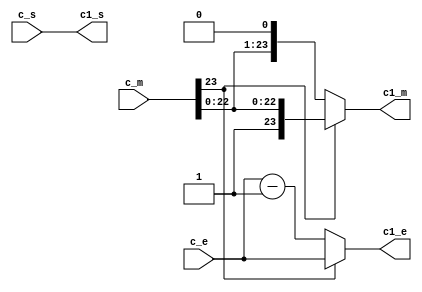
`timescale 1ns / 1ps
//////////////////////////////////////////////////////////////////////////////////
// Company: 
// Engineer: 
// 
// Design Name: 
// Module Name:    normalise 
// Project Name: 
// Target Devices: 
// Tool versions: 
// Description: 
//
// Dependencies: 
//
// Revision: 
// Revision 0.01 - File Created
// Additional Comments: 
//
//////////////////////////////////////////////////////////////////////////////////
module normalise(
	  input [23:0] c_m,
	  input [7:0] c_e,
	  input c_s,
	  output reg [23:0] c1_m,
	  output reg [7:0] c1_e,
	  output reg c1_s
    );
	 
	 
always @(c_m,c_e,c_s) begin

c1_s=c_s;
if (c_m[23]==0) begin
c1_m=c_m<<1;
c1_e=c_e-8'b00000001;
end
else begin
c1_m=c_m;
c1_e=c_e;
end
end

endmodule